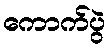
ကောက်ပွဲ